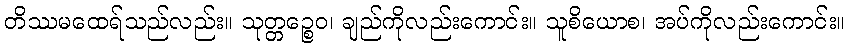
တိဿမထေရ်သည်လည်း။ သုတ္တဉ္စေဝ၊ ချည်ကိုလည်းကောင်း။ သူစိယောစ၊ အပ်ကိုလည်းကောင်း။